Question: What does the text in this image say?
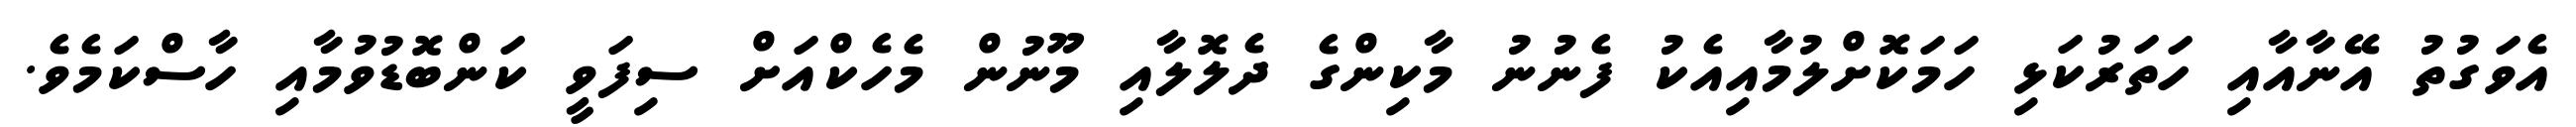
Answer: އެވަގުތު އޭނާއާއި ހަތަރުކަޅި ހަމަކޮށްލުމާއިއެކު ފެނުނު މާކިންގެ ދެލޮލާއި މޫނުން މެހެކްއަށް ސިފަވީ ކަންބޮޑުވުމާއި ހާސްކަމެވެ.